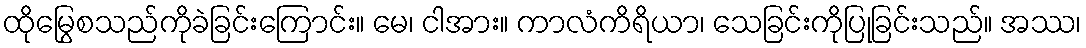
ထိုမြွေစသည်ကိုခဲခြင်းကြောင်း။ မေ၊ ငါအား။ ကာလံကိရိယာ၊ သေခြင်းကိုပြုခြင်းသည်။ အဿ၊